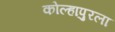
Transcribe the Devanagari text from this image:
कोल्हापुरला